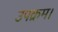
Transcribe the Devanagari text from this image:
उपक्रम।